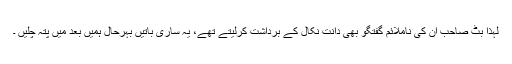
لہذا بٹ صاحب ان کی ناملائم گفتگو بھی دانت نکال کے برداشت کرلیتے تھے، یہ ساری باتیں بہرحال ہمیں بعد میں پتہ چلیں ۔